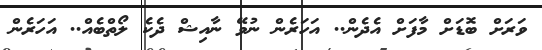
ވަރަށް ބޮޑަށް މާފަށް އެދެން.. އަހަރެން ނުވޭ ނާއިޝް ދެކެ ލޯތްބެއް.. އަހަރެން